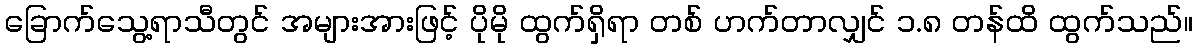
ခြောက်သွေ့ရာသီတွင် အများအားဖြင့် ပိုမို ထွက်ရှိရာ တစ် ဟက်တာလျှင် ၁.၈ တန်ထိ ထွက်သည်။